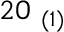
2 0 _ { \ ( 1 ) }